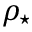
\rho _ { \star }